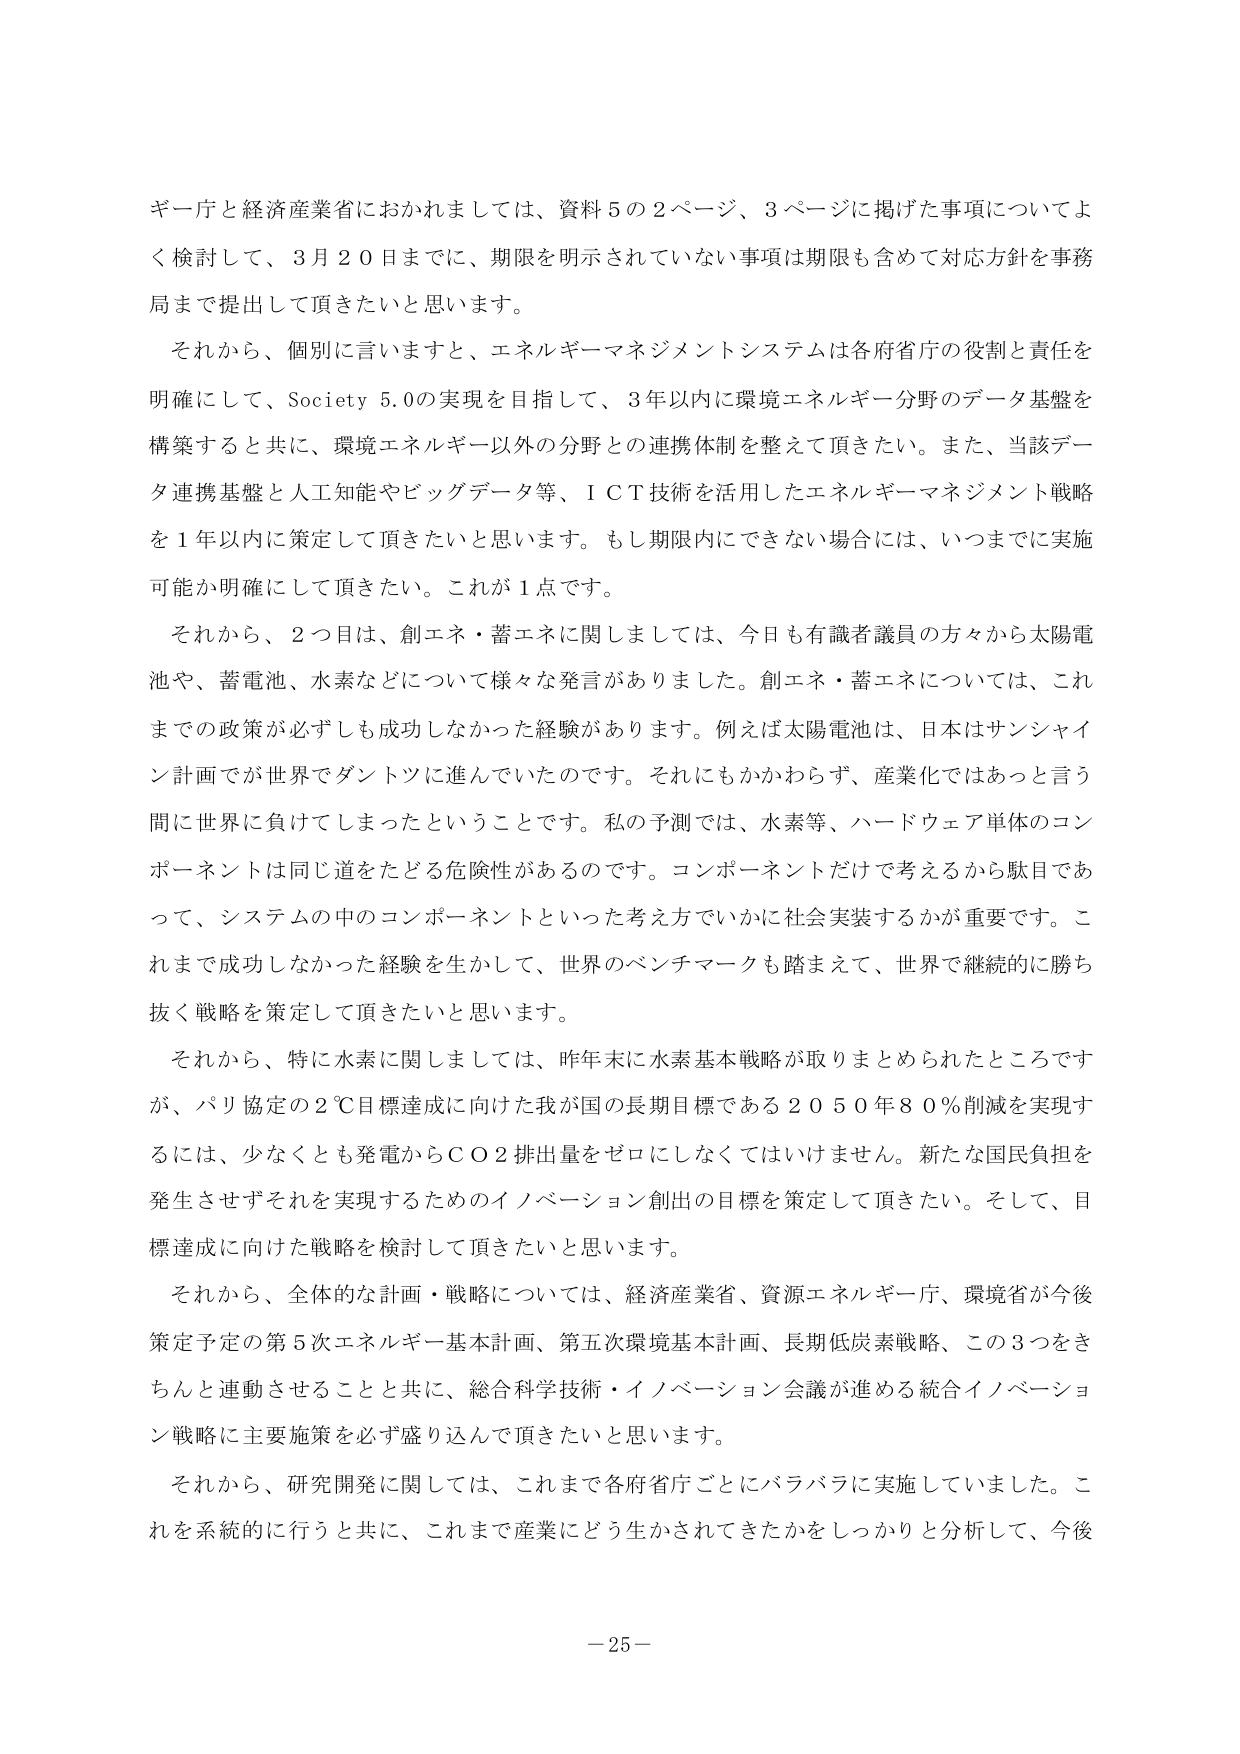
ギー庁と経済産業省におかれましては、資料５の２ページ、３ページに掲げた事項についてよく検討して、３月２０日までに、期限を明示されていない事項は期限も含めて対応方針を事務局まで提出して頂きたいと思います。

それから、個別に言いますと、エネルギーマネジメントシステムは各府省庁の役割と責任を明確にして、Society 5.0の実現を目指して、３年以内に環境エネルギー分野のデータ基盤を構築すると共に、環境エネルギー以外の分野との連携体制を整えて頂きたい。また、当該データ連携基盤と人工知能やビッグデータ等、ＩＣＴ技術を活用したエネルギーマネジメント戦略を１年以内に策定して頂きたいと思います。もし期限内にできない場合には、いつまでに実施可能か明確にして頂きたい。これが１点です。

それから、２つ目は、創エネ・蓄エネに関しましては、今日も有識者議員の方々から太陽電池や、蓄電池、水素などについて様々な発言がありました。創エネ・蓄エネについては、これまでの政策が必ずしも成功しなかった経験があります。例えば太陽電池は、日本はサンシャイン計画でが世界でダントツに進んでいたのです。それにもかかわらず、産業化ではあっと言う間に世界に負れてしまったということです。私の予測では、水素等、ハードウェア単体のコンポーネントは同じ道をたどる危険性があるのです。コンポーネントだけで考えるから駄目であって、システムの中のコンポーネントといった考え方でいかに社会実装するかが重要です。これまで成功しなかった経験を生かして、世界のベンチマークも踏まえて、世界で継続的に勝ち抜く戦略を策定して頂きたいと思います。

それから、特に水素に関しましては、昨年末に水素基本戦略が取りまとめられたところですが、パリ協定の２℃目標達成に向けた我が国の長期目標である２０５０年８０％削減を実現するには、少なくとも発電からＣＯ２排出量をゼロにしなくてはいけません。新たな国民負担を発生させずそれを実現するためのイノベーション創出の目標を策定して頂きたい。そして、目標達成に向けた戦略を検討して頂きたいと思います。

それから、全体的な計画・戦略については、経済産業省、資源エネルギー庁、環境省が今後策定予定の第５次エネルギー基本計画、第五次環境基本計画、長期低炭素戦略、この３つをきちんと連動させることと共に、総合科学技術・イノベーション会議が進める統合イノベーション戦略に主要施策を必ず盛り込んで頂きたいと思います。

それから、研究開発に関しては、これまで各府省庁ごとにバラバラに実施していました。これを系統的に行うと共に、これまで産業にどう生かされてきたかをしっかりと分析して、今後

－25－